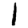
Digit: 1